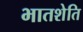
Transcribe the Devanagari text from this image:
भातशेति